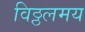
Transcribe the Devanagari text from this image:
विठ्ठलमय